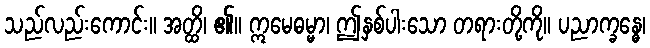
သည်လည်းကောင်း။ အတ္ထိ၊ ၏။ ဣမေဓမ္မာ၊ ဤနှစ်ပါးသော တရားတို့ကို။ ပညာက္ခန္ဓေ၊